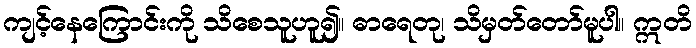
ကျင့်နေကြောင်းကို သိစေသူဟူ၍။ ဓာရေတု၊ သိမှတ်တော်မူပါ။ ဣတိ